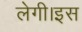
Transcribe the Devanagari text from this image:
लेगी।इस